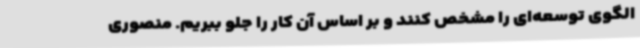
الگوی توسعه‌ای را مشخص کنند و بر اساس آن کار را جلو ببریم. منصوری